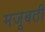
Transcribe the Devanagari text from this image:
मजूबती